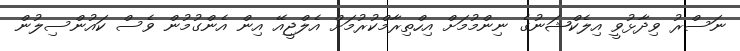
ނަސްރު ވިދާޅުވީ އިލެކްޝަނުގެ ނިންމުމަށް އިހްތިރާމްކުރުމަށް އެލްޖީއޭ އިން އެންގުމުން ވެސް ކައުންސިލުން